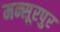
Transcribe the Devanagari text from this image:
मन्सूरपुर